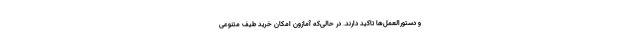
و دستورالعمل‌ها تاکید دارند. در حالی‌که آمازون امکان خرید طیف متنوعی